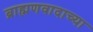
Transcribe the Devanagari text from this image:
ब्राह्मणवादाच्या